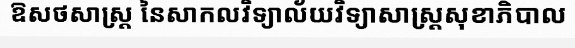
ឱសថសាស្ត្រ នៃសាកលវិទ្យាល័យវិទ្យាសាស្ត្រសុខាភិបាល